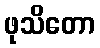
ဖုသိတော